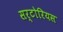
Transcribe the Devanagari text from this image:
सर्टोरियस